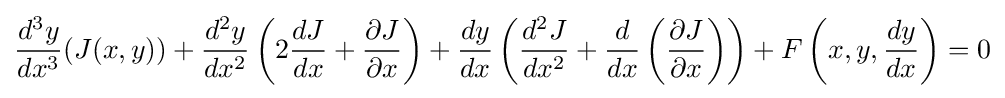
{d^{3}y \over dx^{3}}(J(x,y))+{d^{2}y \over dx^{2}}\left(2{dJ \over dx}+{\partial J \over \partial x}\right)+{dy \over dx}\left({d^{2}J \over dx^{2}}+{d \over dx}\left({\partial J \over \partial x}\right)\right)+F\left(x,y,{dy \over dx}\right)=0